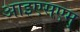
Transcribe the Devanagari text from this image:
आइएसएम्